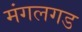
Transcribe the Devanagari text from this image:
मंगलगड